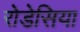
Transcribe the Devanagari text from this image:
रोडेसिया